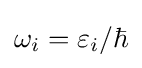
\omega _{i}=\varepsilon _{i}/\hbar